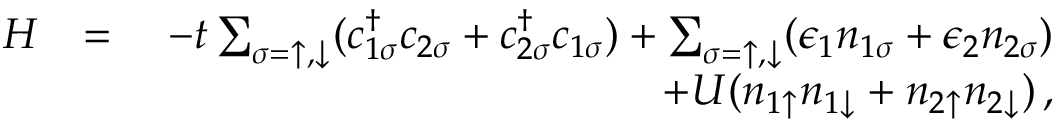
\begin{array} { r l r } { H } & { = } & { - t \sum _ { \sigma = \uparrow , \downarrow } ( c _ { 1 \sigma } ^ { \dagger } c _ { 2 \sigma } + c _ { 2 \sigma } ^ { \dagger } c _ { 1 \sigma } ) + \sum _ { \sigma = \uparrow , \downarrow } ( \epsilon _ { 1 } n _ { 1 \sigma } + \epsilon _ { 2 } n _ { 2 \sigma } ) } \\ & { \quad } & { + U ( n _ { 1 \uparrow } n _ { 1 \downarrow } + n _ { 2 \uparrow } n _ { 2 \downarrow } ) \, , } \end{array}